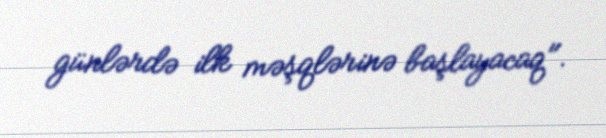
günlərdə ilk məşqlərinə başlayacaq".